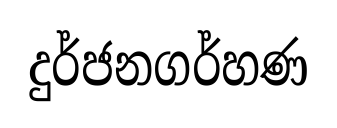
දුර්ජනගර්හණ